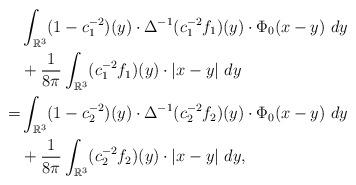
LaTeX: \begin{align*}& \int_{\mathbb{R}^3} (1-c_1^{-2})(y)\cdot \Delta^{-1}(c_1^{-2}f_1)(y)\cdot \Phi_0(x-y)\ dy\\&+\frac{1}{8\pi}\int_{\mathbb{R}^3} (c_1^{-2}f_1)(y)\cdot |x-y|\ dy\\=& \int_{\mathbb{R}^3} (1-c_2^{-2})(y)\cdot \Delta^{-1}(c_2^{-2}f_2)(y)\cdot \Phi_0(x-y)\ dy\\&+\frac{1}{8\pi}\int_{\mathbb{R}^3} (c_2^{-2}f_2)(y)\cdot |x-y|\ dy,\end{align*}